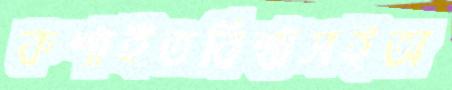
কশাইতবিশ্বাসইঅ